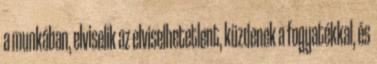
a munkában, elviselik az elviselhetetlent, küzdenek a fogyatékkal, és